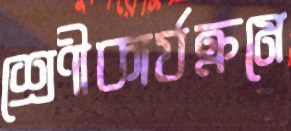
শ্রেণীকার্যক্রমে